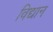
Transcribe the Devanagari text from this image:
विद्यान